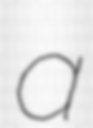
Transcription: a